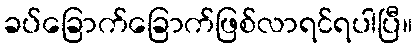
ခပ်ခြောက်ခြောက်ဖြစ်လာရင်ရပါပြီ။